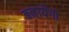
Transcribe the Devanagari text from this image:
बनायेंगी